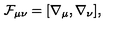
{ \cal F } _ { \mu \nu } = [ \nabla _ { \mu } , \nabla _ { \nu } ] ,